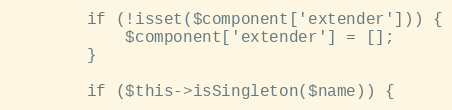
Language: PHP
		if (!isset($component['extender'])) {
			$component['extender'] = [];
		}

		if ($this->isSingleton($name)) {